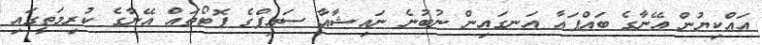
އައްކިޔުން އޭނާގެ ބައްޕައާ އަނގައިން ނުބުނެ ނައިޝާއާ ސައިފްގެ ފޮޓޯތައް އޭނާގެ ކުރިމަތީގައި